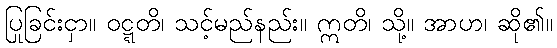
ပြုခြင်းငှာ။ ဝဋ္ဋတိ၊ သင့်မည်နည်း။ ဣတိ၊ သို့။ အာဟ၊ ဆို၏။